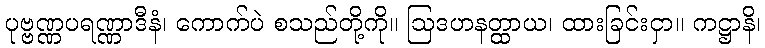
ပုဗ္ဗဏ္ဏပရဏ္ဏာဒီနံ၊ ကောက်ပဲ စသည်တို့ကို။ ဩဒဟနတ္ထာယ၊ ထားခြင်းငှာ။ ကဋ္ဌာနိ၊